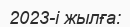
2023-і жылға: